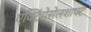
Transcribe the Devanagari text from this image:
एक्टिंगेसेलशाफ्ट